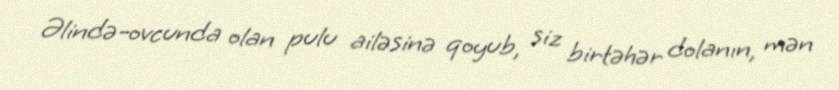
Əlində-ovcunda olan pulu ailəsinə qoyub, siz birtəhər dolanın, mən